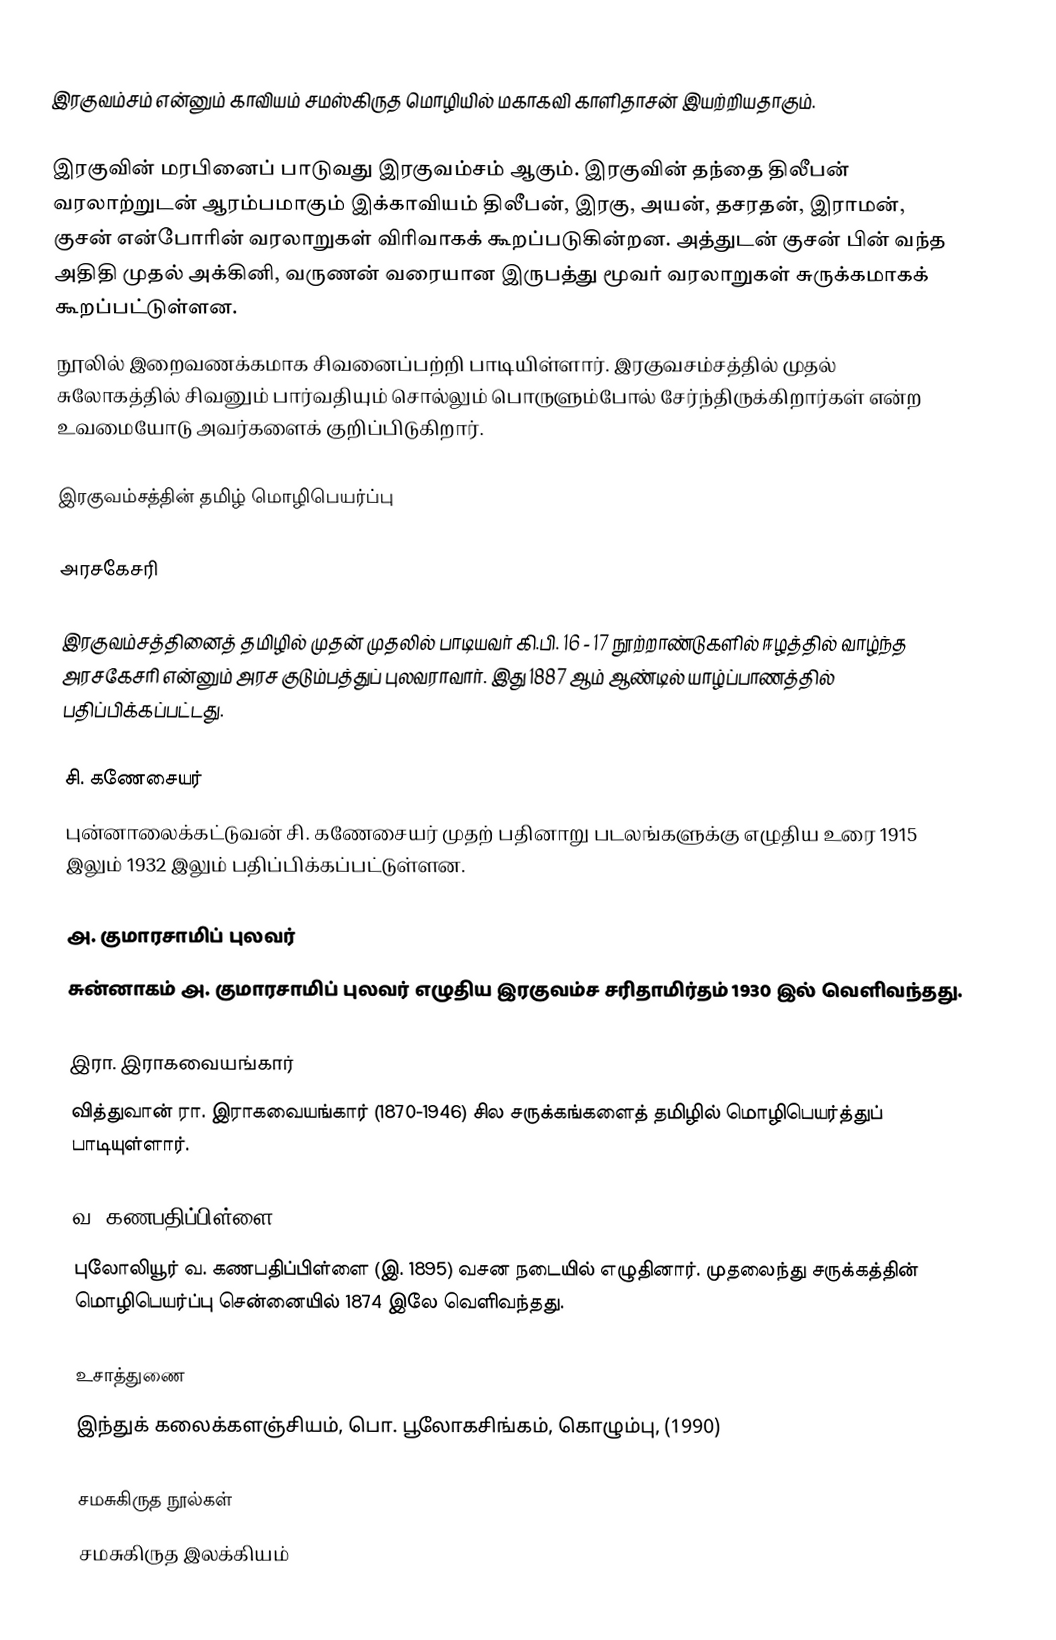
இரகுவம்சம் என்னும் காவியம் சமஸ்கிருத மொழியில் மகாகவி காளிதாசன் இயற்றியதாகும்.

இரகுவின் மரபினைப் பாடுவது இரகுவம்சம் ஆகும். இரகுவின் தந்தை திலீபன் வரலாற்றுடன் ஆரம்பமாகும் இக்காவியம் திலீபன், இரகு, அயன், தசரதன், இராமன், குசன் என்போரின் வரலாறுகள் விரிவாகக் கூறப்படுகின்றன. அத்துடன் குசன் பின் வந்த அதிதி முதல் அக்கினி, வருணன் வரையான இருபத்து மூவர் வரலாறுகள் சுருக்கமாகக் கூறப்பட்டுள்ளன.
நூலில் இறைவணக்கமாக சிவனைப்பற்றி பாடியிள்ளார். இரகுவசம்சத்தில் முதல் சுலோகத்தில் சிவனும் பார்வதியும் சொல்லும் பொருளும்போல் சேர்ந்திருக்கிறார்கள் என்ற உவமையோடு அவர்களைக் குறிப்பிடுகிறார்.

இரகுவம்சத்தின் தமிழ் மொழிபெயர்ப்பு

அரசகேசரி

இரகுவம்சத்தினைத் தமிழில் முதன் முதலில் பாடியவர் கி.பி. 16 - 17 நூற்றாண்டுகளில் ஈழத்தில் வாழ்ந்த அரசகேசரி என்னும் அரச குடும்பத்துப் புலவராவார். இது 1887 ஆம் ஆண்டில் யாழ்ப்பாணத்தில் பதிப்பிக்கப்பட்டது.

சி. கணேசையர்
புன்னாலைக்கட்டுவன் சி. கணேசையர் முதற் பதினாறு படலங்களுக்கு எழுதிய உரை 1915 இலும் 1932 இலும் பதிப்பிக்கப்பட்டுள்ளன.

அ. குமாரசாமிப் புலவர்
சுன்னாகம் அ. குமாரசாமிப் புலவர் எழுதிய இரகுவம்ச சரிதாமிர்தம் 1930 இல் வெளிவந்தது.

இரா. இராகவையங்கார்
வித்துவான் ரா. இராகவையங்கார் (1870-1946) சில சருக்கங்களைத் தமிழில் மொழிபெயர்த்துப் பாடியுள்ளார்.

வ. கணபதிப்பிள்ளை
புலோலியூர் வ. கணபதிப்பிள்ளை (இ. 1895) வசன நடையில் எழுதினார். முதலைந்து சருக்கத்தின் மொழிபெயர்ப்பு சென்னையில் 1874 இலே வெளிவந்தது.

உசாத்துணை
 இந்துக் கலைக்களஞ்சியம், பொ. பூலோகசிங்கம், கொழும்பு, (1990)

சமசுகிருத நூல்கள்
சமசுகிருத இலக்கியம்